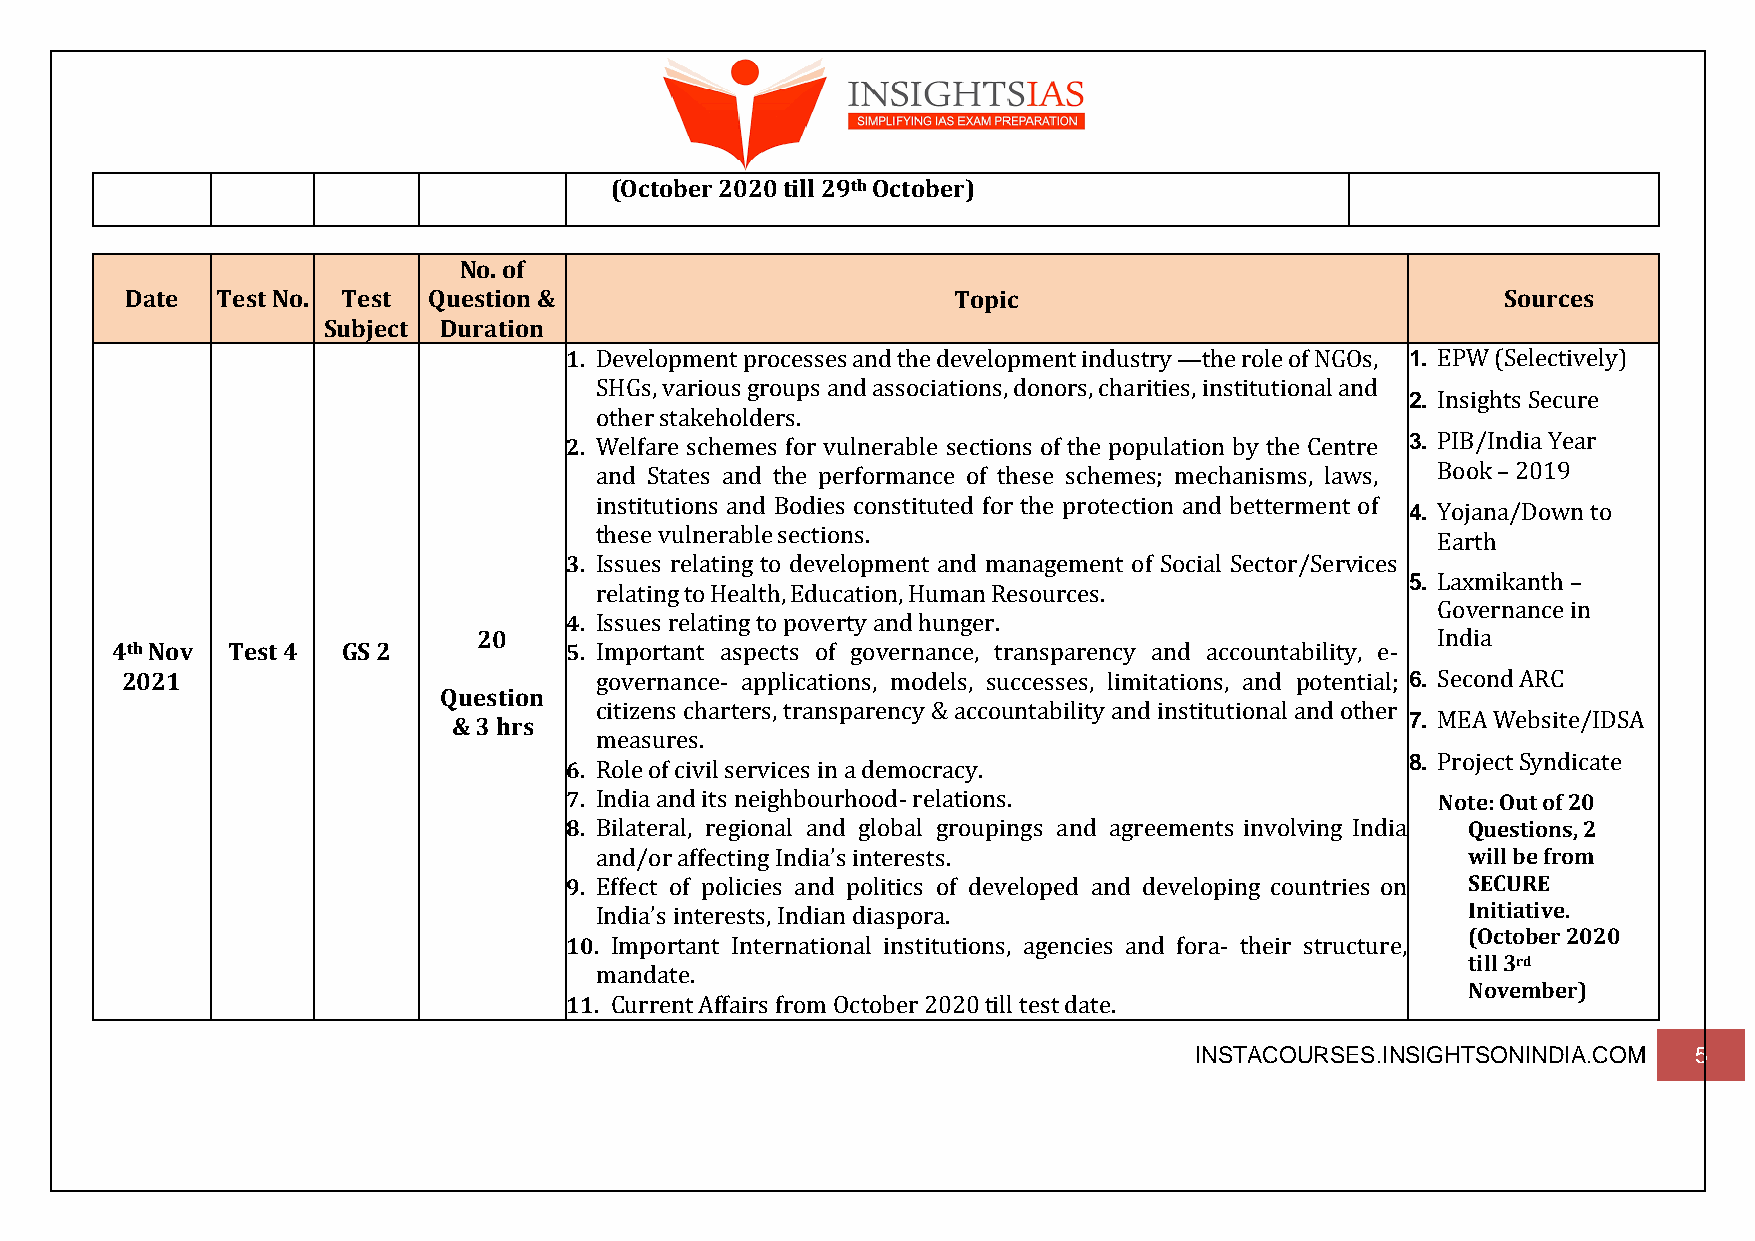
(October 2020 till 29th October)
 No. of
 Date  Test No. Test Question &                         Topic                                Sources
 Subject Duration
 1. Development processes and the development industry —the role of NGOs, 1. EPW (Selectively)
 SHGs, various groups and associations, donors, charities, institutional and
 2. Insights Secure
 other stakeholders.
 2. Welfare schemes for vulnerable sections of the population by the Centre 3. PIB/India Year
 and States and the performance of these schemes; mechanisms, laws, Book – 2019
 institutions and Bodies constituted for the protection and betterment of
 4. Yojana/Down to
 these vulnerable sections.
 Earth
 3. Issues relating to development and management of Social Sector/Services
 5. Laxmikanth –
 relating to Health, Education, Human Resources.
 Governance in
 4. Issues relating to poverty and hunger.
 20                                                             India
 4th Nov Test 4  GS 2          5. Important aspects of governance, transparency and accountability, e-
 2021                           governance- applications, models, successes, limitations, and potential; 6. Second ARC
 Question
 citizens charters, transparency & accountability and institutional and other
 & 3 hrs                                                        7. MEA Website/IDSA
 measures.
 6. Role of civil services in a democracy.               8. Project Syndicate
 7. India and its neighbourhood- relations.                Note: Out of 20
 8. Bilateral, regional and global groupings and agreements involving India Questions, 2
 and/or affecting India’s interests.                       will be from
 9. Effect of policies and politics of developed and developing countries on SECURE
 India’s interests, Indian diaspora.                       Initiative.
 (October 2020
 10. Important International institutions, agencies and fora- their structure,
 till 3rd
 mandate.
 November)
 11. Current Affairs from October 2020 till test date.
 INSTACOURSES.INSIGHTSONINDIA.COM 5